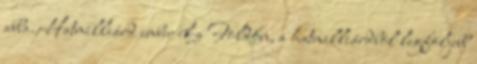
abba. Hatmilliárd ember él a Földön, a hatmilliárdból legföljebb